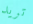
تريد